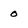
Character: 0